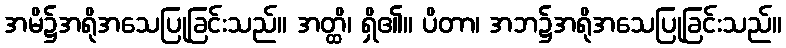
အမိ၌အရိုအသေပြုခြင်းသည်။ အတ္ထိ၊ ရှိ၏။ ပိတာ၊ အဘ၌အရိုအသေပြုခြင်းသည်။